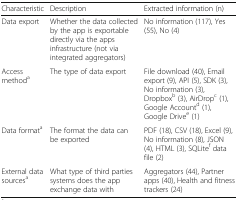
<table><thead><tr><td><b>Characteristic</b></td><td><b>Description</b></td><td><b>Extracted information (n)</b></td></tr></thead><tbody><tr><td>Data export</td><td>Whether the data collected by the app is exportable directly via the apps infrastructure (not via integrated aggregators)</td><td>No information (117), Yes (55), No (4)</td></tr><tr><td>Access method<sup>a</sup></td><td>The type of data export</td><td>File download (40), Email export (9), API (5), SDK (3), No information (3), Dropbox<sup>b</sup> (3), AirDrop<sup>c</sup> (1), Google Account<sup>d</sup> (1), Google Drive<sup>e</sup> (1)</td></tr><tr><td>Data format<sup>a</sup></td><td>The format the data can be exported</td><td>PDF (18), CSV (18), Excel (9), No information (8), JSON (4), HTML (3), SQLite<sup>f</sup> data file (2)</td></tr><tr><td>External data sources<sup>a</sup></td><td>What type of third parties systems does the app exchange data with</td><td>Aggregators (44), Partner apps (40), Health and fitness trackers (24)</td></tr></tbody></table>